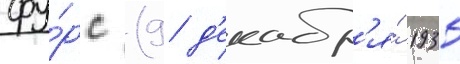
фу́рс (9 д'екабр'я́ 1935